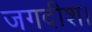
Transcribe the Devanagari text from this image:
जगदीश।